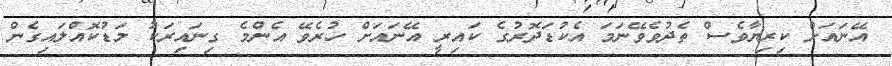
އޭނައަށް ކިރިޔާވެސް ތެދުވެވޭނަމަ އެކުޑަދޮރުގެ ކައިރީ އޭނައަށް ހުރެވޭ އެންމެ ގިނައިރަކު މަޑުކޮއްލައިގެން